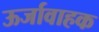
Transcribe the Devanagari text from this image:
ऊर्जावाहक